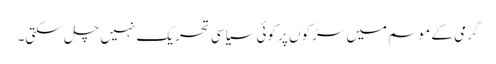
گرمی کے موسم میں سڑکوں پر کوئی سیاسی تحریک نہیں چل سکتی۔